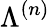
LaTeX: \Lambda^{(n)}